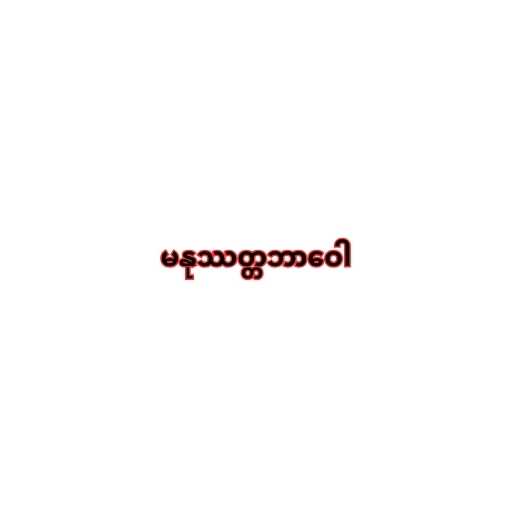
မနုဿတ္တဘာဝေါ